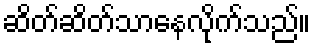
ဆိတ်ဆိတ်သာနေလိုက်သည်။